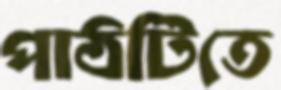
পাঠটিতে